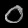
Digit: ၀